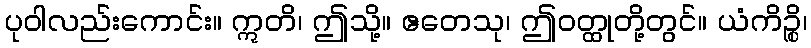
ပုဝါလည်းကောင်း။ ဣတိ၊ ဤသို့။ ဧတေသု၊ ဤဝတ္ထုတို့တွင်။ ယံကိဉ္စိ၊